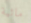
مائية